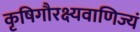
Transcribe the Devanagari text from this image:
कृषिगौरक्ष्यवाणिज्यं